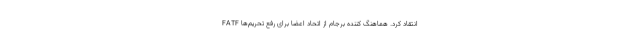
FATF انتقاد کرد. هماهنگ کننده برجام از اتحاد اعضا برای رفع تحریم‌ها